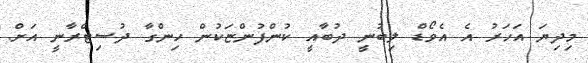
މިދިޔަ އަހަރު އެ އެވޯޑް ލިބުނީ ދުބާއީ ކުންފުންޏަކުން ހިންގާ ދުސިޓްރާނީ އަށް.